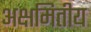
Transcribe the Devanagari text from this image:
अक्षमितीय